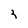
Character: 3